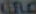
GELD